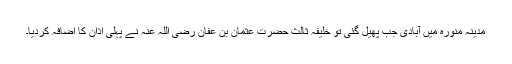
مدینہ منورہ میں آبادی جب پھیل گئی تو خلیفۂ ثالث حضرت عثمان بن عفان رضی اللہ عنہ نے پہلی اذان کا اضافہ کردیا۔